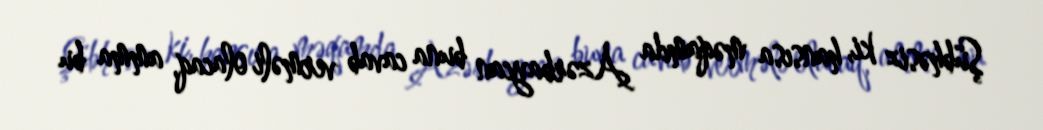
Şübhəsiz ki, hansısa məqamda Azərbaycan buna cavab verməli olacaq, amma bu